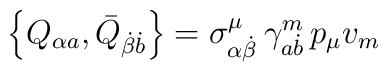
\left\{ Q_{\alpha a},\bar{Q}_{\dot{\beta}\dot{b}}\right\} =\sigma _{\alpha \dot{\beta}}^\mu \,\gamma _{a\dot{b}}^m\,p_\mu v_m